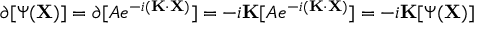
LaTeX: \partial [ \Psi ( \mathbf { X } ) ] = \partial [ A e ^ { - i ( \mathbf { K } \cdot \mathbf { X } ) } ] = - i \mathbf { K } [ A e ^ { - i ( \mathbf { K } \cdot \mathbf { X } ) } ] = - i \mathbf { K } [ \Psi ( \mathbf { X } ) ]